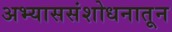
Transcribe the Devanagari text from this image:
अभ्याससंशोधनातून